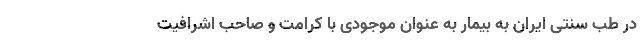
در طب سنتی ایران به بیمار به عنوان موجودی با کرامت و صاحب اشرافیت